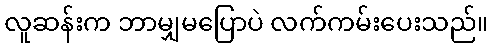
လူဆန်းက ဘာမျှမပြောပဲ လက်ကမ်းပေးသည်။